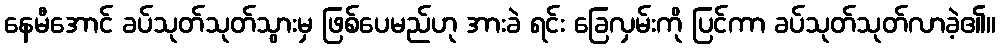
နေမီအောင် ခပ်သုတ်သုတ်သွားမှ ဖြစ်ပေမည်ဟု အားခဲ ရင်း ခြေလှမ်းကို ပြင်ကာ ခပ်သုတ်သုတ်လာခဲ့၏။